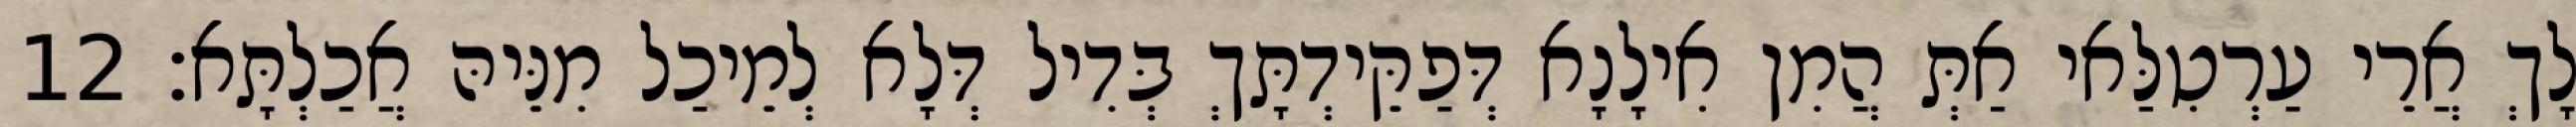
לָךְ אֲרֵי עַרְטִלַּאי אַתְּ הֲמִן אִילָנָא דְּפַקֵּידְתָּךְ בְּדִיל דְּלָא לְמֵיכַל מִנֵּיהּ אֲכַלְתָּא׃ 12